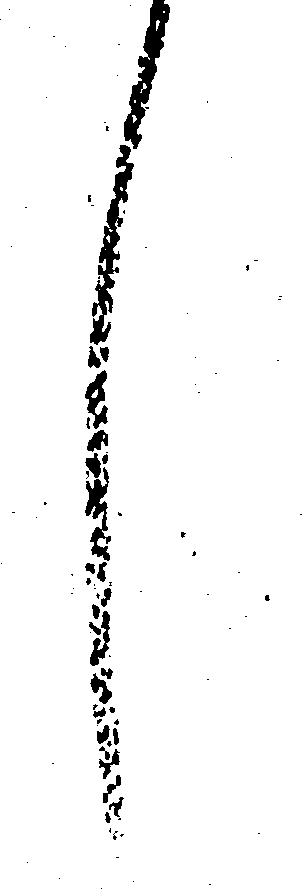
し